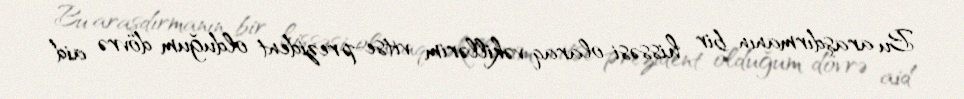
Bu araşdırmanın bir hissəsi olaraq vəkillərim vitse-prezident olduğum dövrə aid